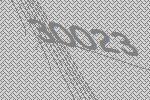
30023